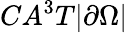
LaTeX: CA^{3}T|\partial\Omega|